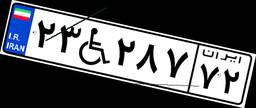
۲۳W۲۸۷۷۲